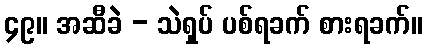
၄၉။ အဆီခဲ - သဲရှပ် ပစ်ရခက် စားရခက်။